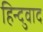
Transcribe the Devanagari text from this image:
हिन्दुवाद